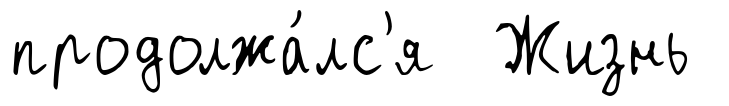
продолжа́лс'я Жизнь